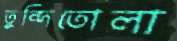
তুন্দিতোলা